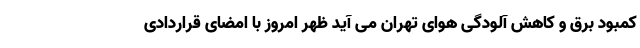
کمبود برق و کاهش آلودگی هوای تهران می آید ظهر امروز با امضای قراردادی